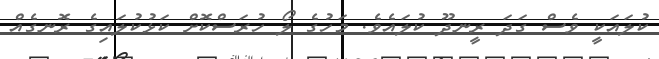
ކުލައަކީ ވެސް ގަދަ ރީނދޫ ކުލައެވެ. މަހުގެ ލޯ ހުރަސްކޮށް ކަޅުކުލައިގެ ރޮނގެއް